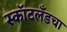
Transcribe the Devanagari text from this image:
स्कॉटलँडचा